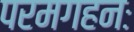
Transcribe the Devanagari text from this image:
परमगहनः